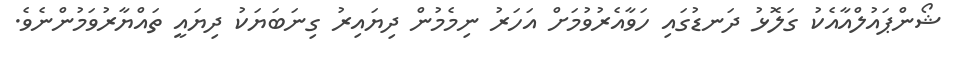
ޝޯންޕައުލްއާއެކު ގަލޮޅު ދަނޑުގައި ހަވާއެރުވުމަށް އަހަރު ނިމެމުން ދިޔައިރު ގިނަބަޔަކު ދިޔައީ ތައްޔާރުވަމުންނެވެ.